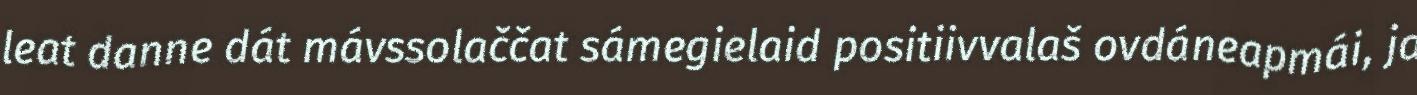
leat danne dát mávssolaččat sámegielaid positiivvalaš ovdáneapmái, ja